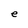
Character: e